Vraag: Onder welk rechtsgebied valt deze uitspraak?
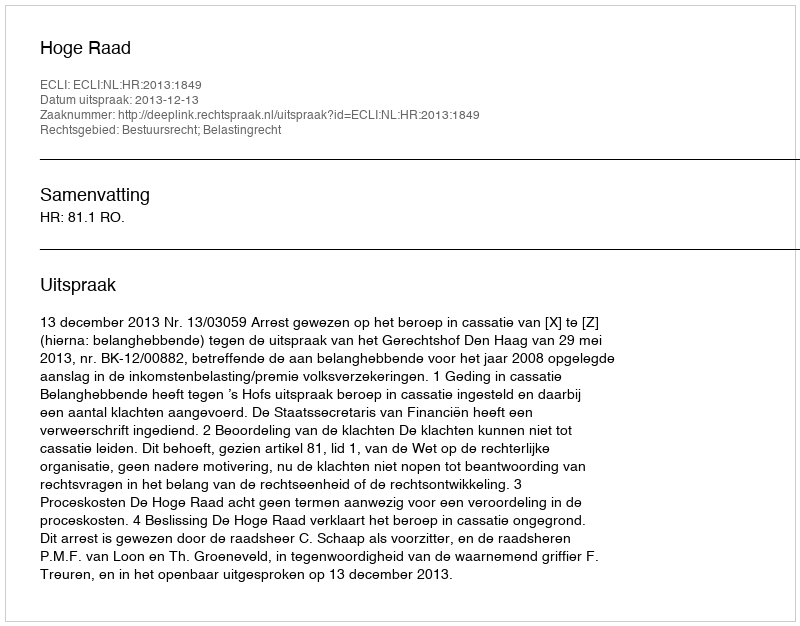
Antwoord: Bestuursrecht; Belastingrecht